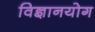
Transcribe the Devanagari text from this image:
विज्ञानयोग